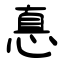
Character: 悳